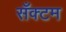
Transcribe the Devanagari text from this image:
सँक्टम